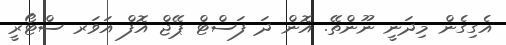
އެގިގެން މިދަނީ ނޫންތޭ. އޮން ދަ ފަސްޓް ޕޭޖް އޮފް އަވަރ ސްޓޯރީ